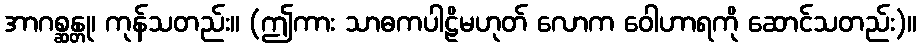
အာဂစ္ဆန္တု၊ ကုန်သတည်း။ (ဤကား သာဓကပါဠိမဟုတ် လောက ဝေါဟာရကို ဆောင်သတည်း)။